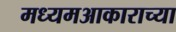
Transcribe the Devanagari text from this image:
मध्यमआकाराच्या